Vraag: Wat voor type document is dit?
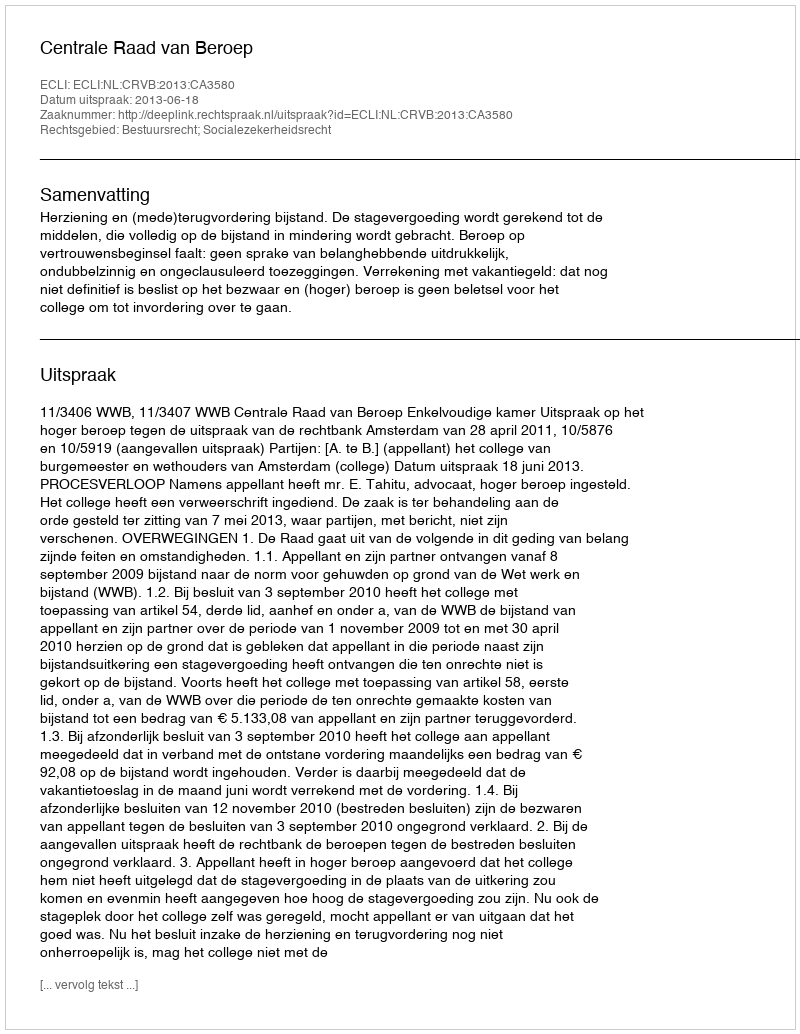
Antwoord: Uitspraak